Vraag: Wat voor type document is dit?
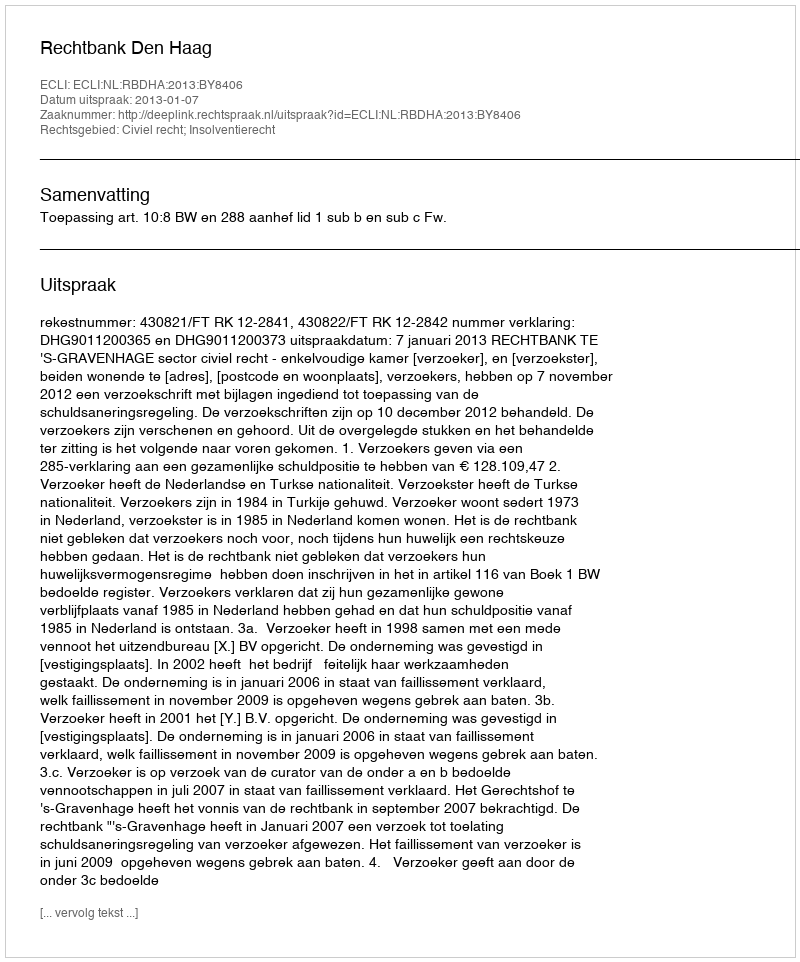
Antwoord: Uitspraak